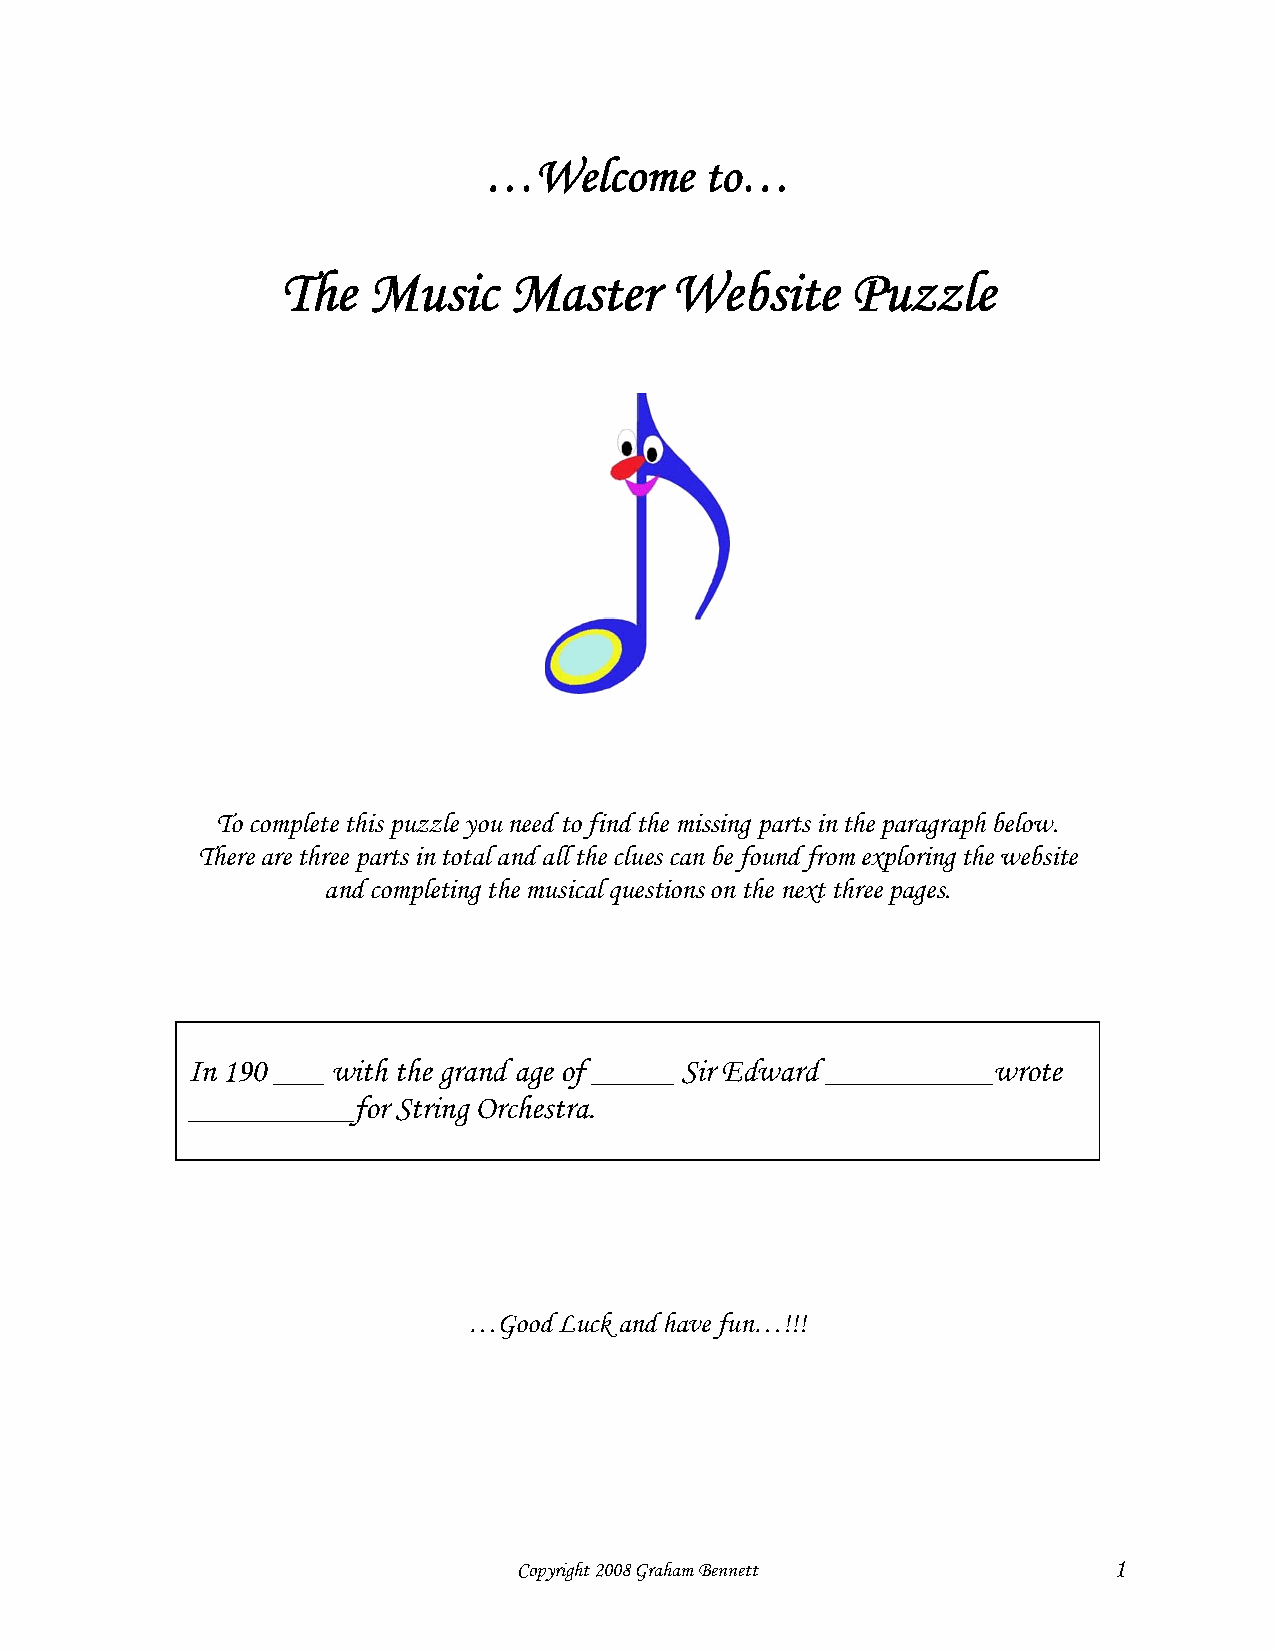
…Welcome       to…
 The  Music     Master    Website     Puzzle
 To complete this puzzle you need to find the missing parts in the paragraph below.
 There are three parts in total and all the clues can be found from exploring the website
 and completing the musical questions on the next three pages.
 In 190 ___ with the grand age of _____ Sir Edward __________wrote
 __________for String Orchestra.
 …Good Luck and have fun…!!!
 Copyright 2008 Graham Bennett           1